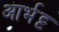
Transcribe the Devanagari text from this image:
आर्भट्ट